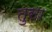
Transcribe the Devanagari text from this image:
तुसा